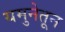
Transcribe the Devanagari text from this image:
यमुनेतून